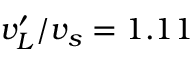
{ v _ { L } ^ { \prime } } / { v _ { s } } = 1 . 1 1